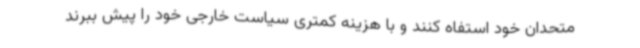
متحدان خود استفاه کنند و با هزینه کمتری سیاست خارجی خود را پیش ببرند